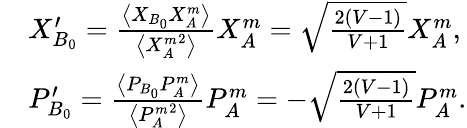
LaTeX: \begin{array}{rl}&{X_{B_{0}}^{\prime}=\frac{\left\langle{{X}_{B_{0}}}{{X}_{A}^{m}}\right\rangle}{\left\langle{{X}_{A}^{m}}^{2}\right\rangle}{{X}_{A}^{m}}=\sqrt{\frac{2(V-1)}{V+1}}{{X}_{A}^{m}},}\\ &{P_{B_{0}}^{\prime}=\frac{\left\langle{{P}_{B_{0}}}{{P}_{A}^{m}}\right\rangle}{\left\langle{{P}_{A}^{m}}^{2}\right\rangle}{{P}_{A}^{m}}=-\sqrt{\frac{2(V-1)}{V+1}}{{P}_{A}^{m}}.}\end{array}